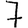
Digit: 7